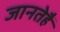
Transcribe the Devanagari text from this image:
जानतेहैं